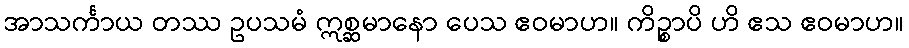
အာသင်္ကာယ တဿ ဥပသမံ ဣစ္ဆမာနော ပေသ ဧဝမာဟ။ ကိဉ္စာပိ ဟိ ဧသ ဧဝမာဟ။